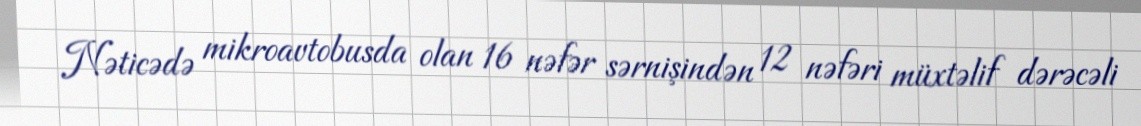
Nəticədə mikroavtobusda olan 16 nəfər sərnişindən 12 nəfəri müxtəlif dərəcəli